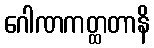
ဂေါဏကတ္ထတာနိ